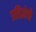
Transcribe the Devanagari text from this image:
प्रतिज्ञेचे